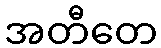
အတီတေ